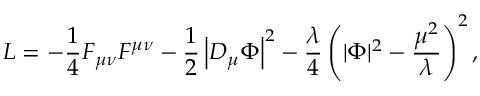
L = - { \frac { 1 } { 4 } } F _ { \mu \nu } F ^ { \mu \nu } - { \frac { 1 } { 2 } } \left| D _ { \mu } \Phi \right| ^ { 2 } - { \frac { \lambda } { 4 } } \left( | \Phi | ^ { 2 } - { \frac { \mu ^ { 2 } } { \lambda } } \right) ^ { 2 } ,